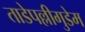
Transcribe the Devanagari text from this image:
ताडेपल्लीगुडेम